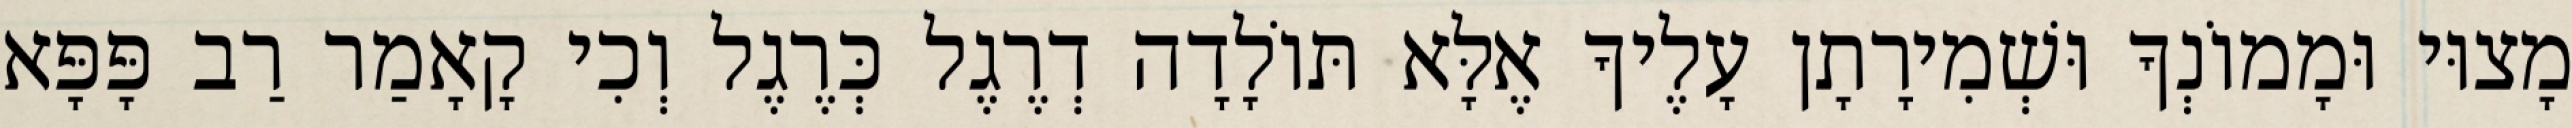
מָצוּי וּמָמוֹנְךָ וּשְׁמִירָתָן עָלֶיךָ אֶלָּא תּוֹלָדָה דְרֶגֶל כְּרֶגֶל וְכִי קָאָמַר רַב פָּפָּא